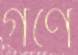
গণে